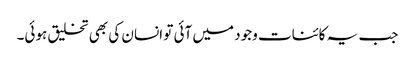
جب یہ کائنات وجود میں آئی تو انسان کی بھی تخلیق ہوئی۔